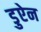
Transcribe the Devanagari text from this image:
डुऐन